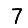
Digit: 7